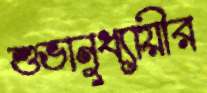
শুভানুধ্যায়ীর